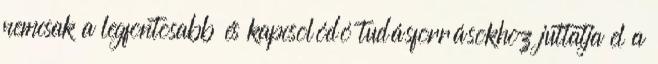
nemcsak a legfontosabb és kapcsolódó tudásforrásokhoz juttatja el a